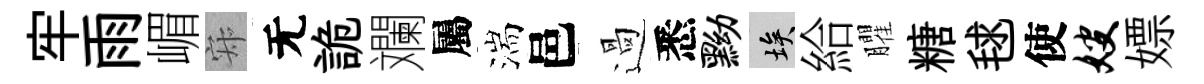
牢雨嵋寂无詭斕屬湍邑過悉黝埃給臞糖毬使嫂嫖